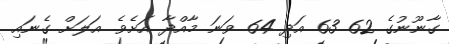
ގާނޫނުގެ 62 63 އަދި 64 ވަނަ މާއްދާ އަށެވެ. އަލަށް ގެނައި